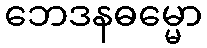
ဘေဒနဓမ္မော